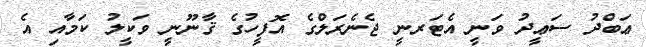
ޢަބްދު ސަޢީދު ވަނީ އެޓަރނީ ޖެނެރަލްގެ އޮފީހުގެ ޤާނޫނީ ވަކީލު ކަމާއި އެ